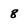
Character: 8